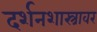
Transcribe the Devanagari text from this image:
दर्शनशास्त्रावर